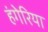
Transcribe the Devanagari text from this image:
हंगेरिया